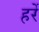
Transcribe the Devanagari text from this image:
हर्रे